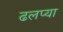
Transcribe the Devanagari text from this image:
ढलप्या